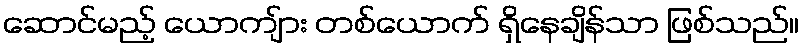
ဆောင်မည့် ယောကျ်ား တစ်ယောက် ရှိနေချိန်သာ ဖြစ်သည်။